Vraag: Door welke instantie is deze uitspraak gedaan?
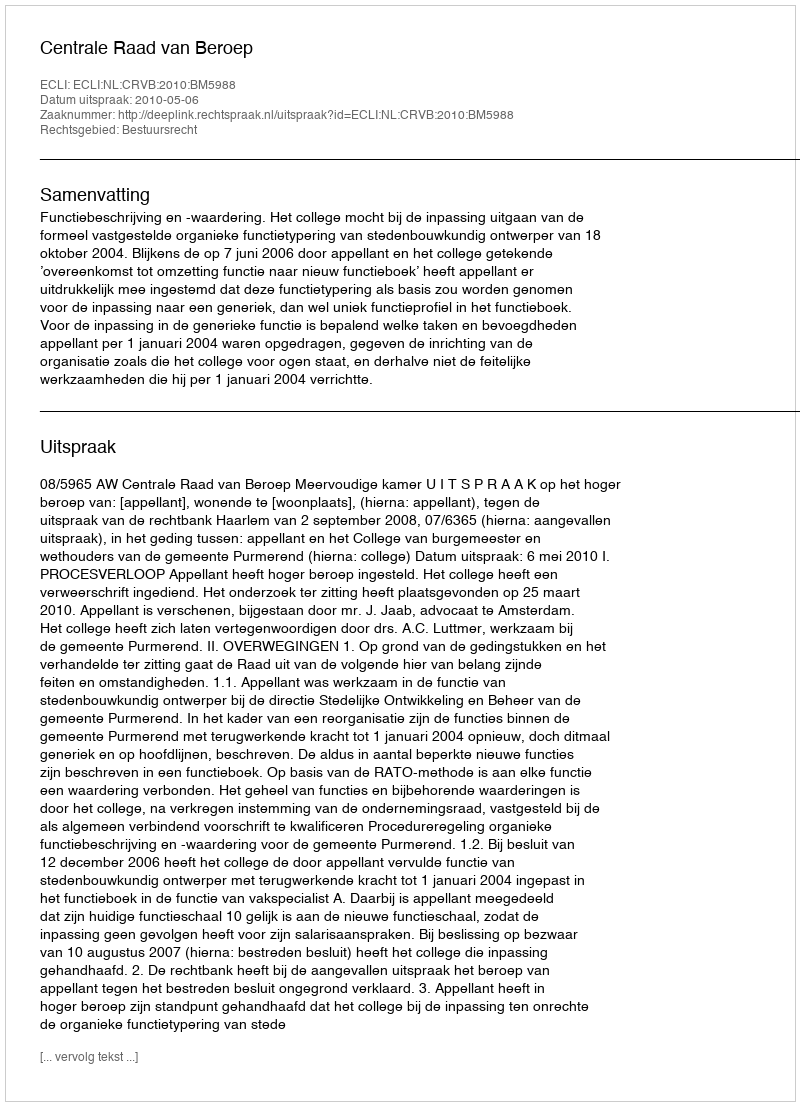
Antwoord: Centrale Raad van Beroep